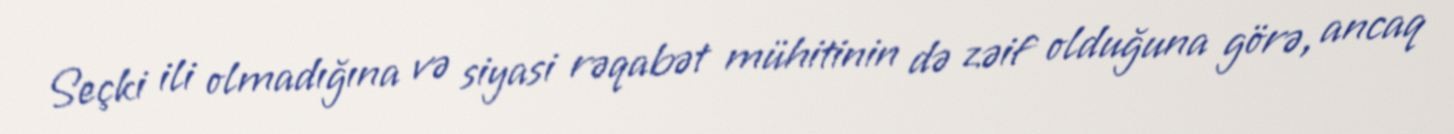
Seçki ili olmadığına və siyasi rəqabət mühitinin də zəif olduğuna görə, ancaq